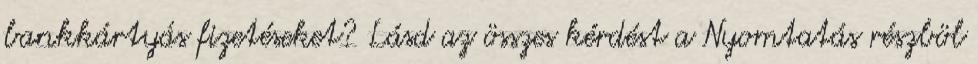
bankkártyás fizetéseket? Lásd az összes kérdést a Nyomtatás részböl